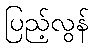
ပြည့်လွန်